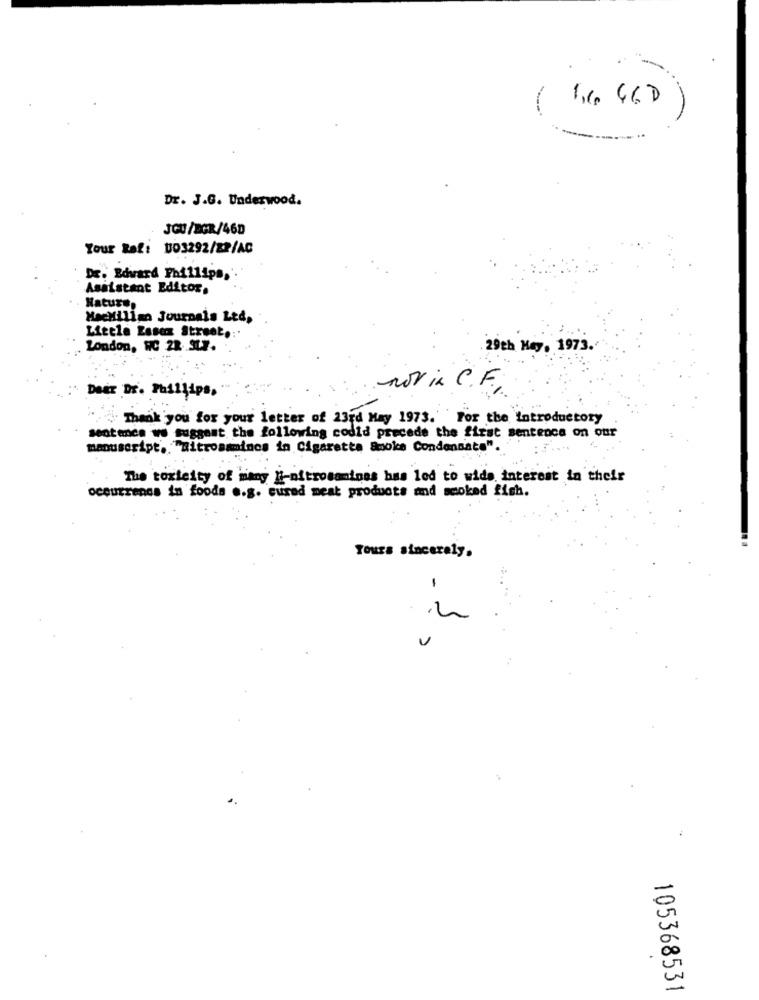
Dr. J.G. Underwood.
JOU/BGR/46D
Your Raf: 003292/22/AC
Dr. Edward Phillips,
Assistant Editor.
Nature,
MacMillan Journals Led,
Little Essex Street .: '
London, HC 22. 9L.7.
29th May. 1973.
DeEr Dr. Phillips,
nor in C.F.
Thank you for your letter of 23rd May 1973.''For the Introductory
sentence we suggest the following codid precede the first sentence on our
manuscript. "Bitrosaminos in Cigaretta Smoke Condensata".
The toxicity of many I nitrosamines has led to wide interest in their
occurrencs in foods .. g. cured meat products and smoked fish.
Yours sincerely.
105368531